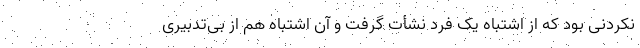
نکردنی بود که از اشتباه یک فرد نشأت گرفت و آن اشتباه هم از بی‌تدبیری